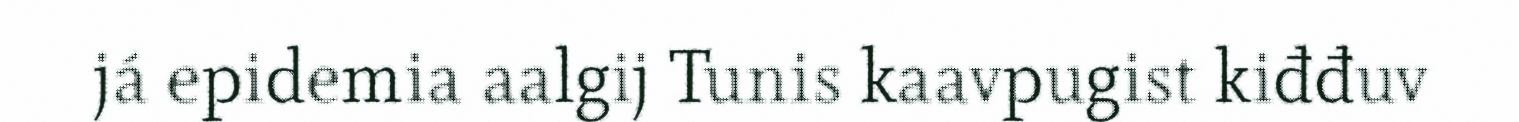
já epidemia aalgij Tunis kaavpugist kiđđuv